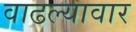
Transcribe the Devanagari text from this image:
वाढल्यावार